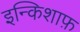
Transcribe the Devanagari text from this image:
इन्किशाफ़